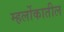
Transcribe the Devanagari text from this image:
म्हर्लोकातील